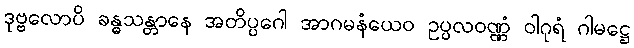
ဒုဗ္ဗလောပိ ခန္ဓသန္တာနေ အတိပ္ပဂေါ အာဂမနံယေဝ ဥပ္ပလဝဏ္ဏံ ဝါဂုရံ ဂါမဋ္ဌေ